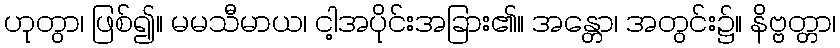
ဟုတွာ၊ ဖြစ်၍။ မမသီမာယ၊ ငါ့အပိုင်းအခြား၏။ အန္တော၊ အတွင်း၌။ နိဗ္ဗတ္တာ၊